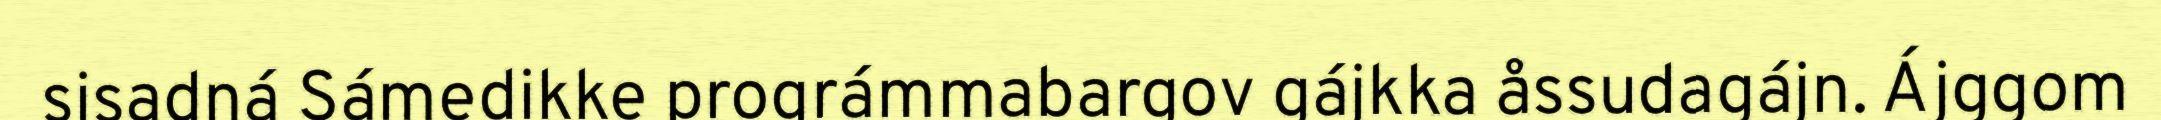
sisadná Sámedikke prográmmabargov gájkka åssudagájn. Ájggom